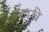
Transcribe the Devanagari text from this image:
टाबे